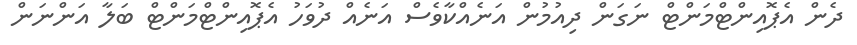
ދެން އެޕޮއިންޓްމަންޓް ނަގަން ދިއުމުން އަނެއްކާވެސް އަނެއް ދުވަހު އެޕޮއިންޓްމަންޓް ބަލާ އަންނަން